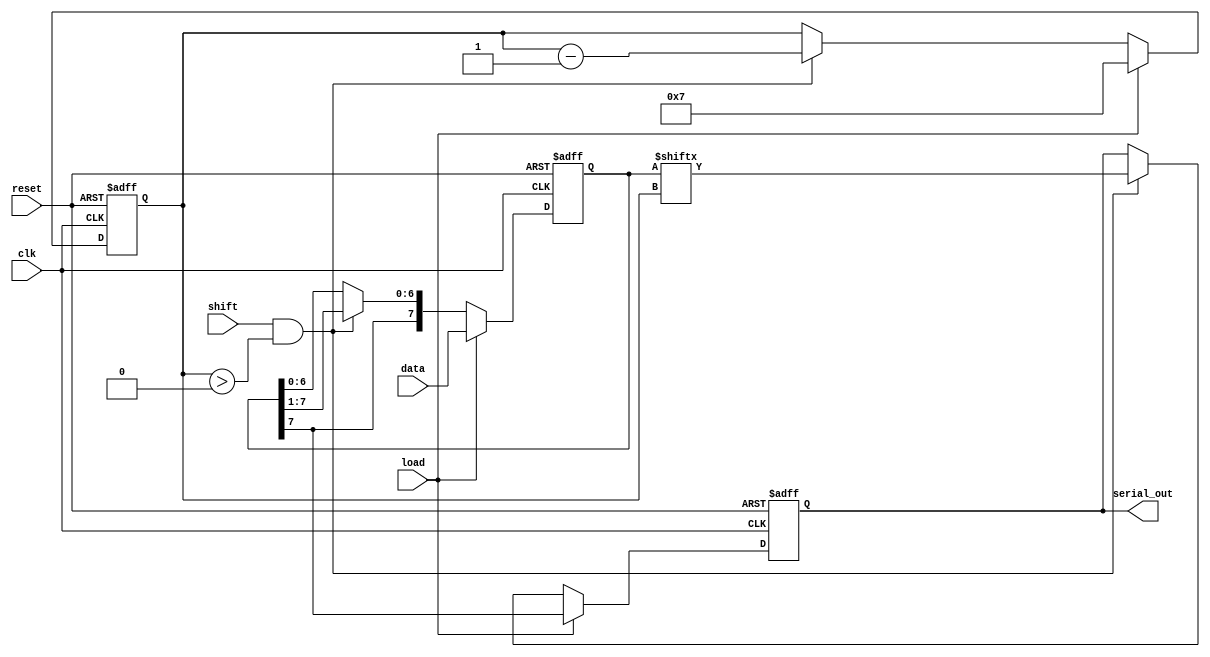
module PISO_Register #(
    parameter N = 8  // Configurable width of the register
)(
    input wire clk,          // Clock signal
    input wire reset,        // Asynchronous reset signal
    input wire load,         // Load control signal
    input wire shift,        // Shift control signal
    input wire [N-1:0] data, // Parallel input data
    output reg serial_out     // Serial output
);

    // Internal storage for the register
    reg [N-1:0] shift_reg;

    // Shift counter to track the position of the bit to be output
    reg [3:0] shift_count;

    always @(posedge clk or posedge reset) begin
        if (reset) begin
            // Asynchronous reset
            shift_reg <= {N{1'b0}};
            serial_out <= 1'b0;
            shift_count <= 4'b0;
        end else begin
            if (load) begin
                // Load data into the shift register
                shift_reg <= data;
                shift_count <= N - 1; // Start shifting from MSB
                serial_out <= shift_reg[N-1]; // Output the MSB
            end else if (shift && shift_count > 0) begin
                // Shift operation
                serial_out <= shift_reg[shift_count]; // Output current bit
                shift_reg <= {shift_reg[N-1], shift_reg[N-1:1]}; // Shift right
                shift_count <= shift_count - 1; // Decrement shift counter
            end
        end
    end

endmodule